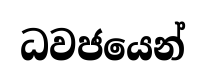
ධවජයෙන්